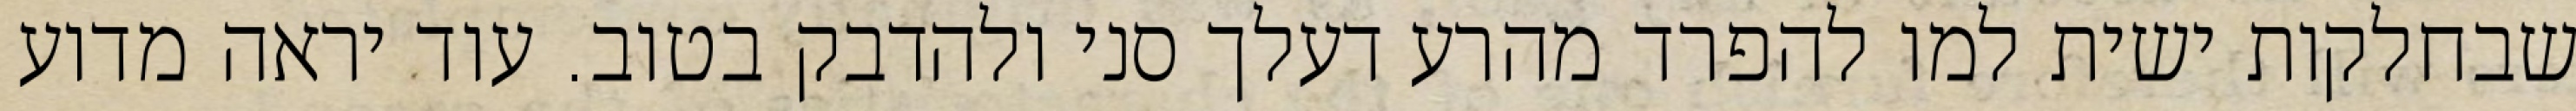
שבחלקות ישית למו להפרד מהרע דעלך סני ולהדבק בטוב. עוד יראה מדוע